Indian journal of veterinary science and animal husbandry - Volume 6,
Year: 1936
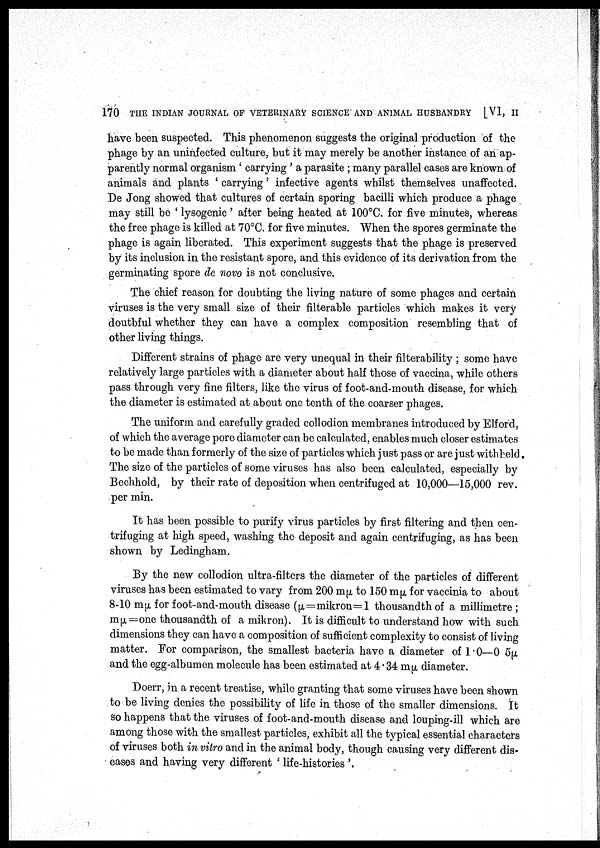
170 THE INDIAN JOURNAL OF VETERINARY SCIENCE AND ANIMAL HUSBANDRY [VI, II
have been suspected. This phenomenon suggests the original production of the
phage by an uninfected culture, but it may merely be another instance of an ap-
parently normal organism ' carrying ' a parasite ; many parallel cases are known of
animals and plants ' carrying ' infective agents whilst themselves unaffected.
De Jong showed that cultures of certain sporing bacilli which produce a phage
may still be ' lysogenic ' after being heated at 100°C. for five minutes, whereas
the free phage is killed at 70°C. for five minutes. When the spores germinate the
phage is again liberated. This experiment suggests that the phage is preserved
by its inclusion in the resistant spore, and this evidence of its derivation from the
germinating spore de novo is not conclusive.
The chief reason for doubting the living nature of some phages and certain
viruses is the very small size of their filterable particles which makes it very
doutbful whether they can have a complex composition resembling that of
other living things.
Different strains of phage are very unequal in their filterability ; some have
relatively large particles with a diameter about half those of vaccina, while others
pass through very fine filters, like the virus of foot-and-mouth disease, for which
the diameter is estimated at about one tenth of the coarser phages.
The uniform and carefully graded collodion membranes introduced by Elford,
of which the average pore diameter can be calculated, enables much closer estimates
to be made than formerly of the size of particles which just pass or are just withheld.
The size of the particles of some viruses has also been calculated, especially by
Bechhold, by their rate of deposition when centrifuged at 10,000—15,000 rev.
per min.
It has been possible to purify virus particles by first filtering and then cen¬
trifuging at high speed, washing the deposit and again centrifuging, as has been
shown by Ledingham.
By the new collodion ultra-filters the diameter of the particles of different
viruses has been estimated to vary from 200 mµ to 150 mµ, for vaccinia to about
8-10 mµ for foot-and-mouth disease (µ=mikron=1 thousandth of a millimetre ;
mµ=one thousandth of a mikron). It is difficult to understand how with such
dimensions they can have a composition of sufficient complexity to consist of living
matter. For comparison, the smallest bacteria have a diameter of 1.0—0.5µ
and the egg-albumen molecule has been estimated at 4.34 mµ diameter.
Doerr, in a recent treatise, while granting that some viruses have been shown
to be living denies the possibility of life in those of the smaller dimensions. It
so happens that the viruses of foot-and-mouth disease and louping-ill which are
among those with the smallest particles, exhibit all the typical essential characters
of viruses both in vitro and in the animal body, though causing very different dis-
eases and having very different ' life-histories '.